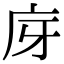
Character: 庌